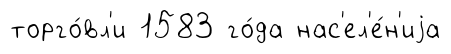
торго́вл'и 1583 го́да нас'ел'е́н'иjа